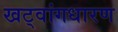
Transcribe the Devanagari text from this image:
खट्‌वांगधारण